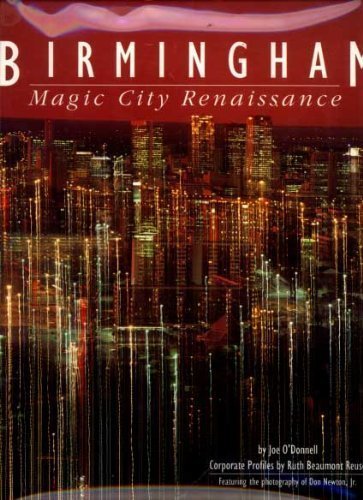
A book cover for Birmingham: Magic City Renaissance; Joe O'Donnell; Travel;